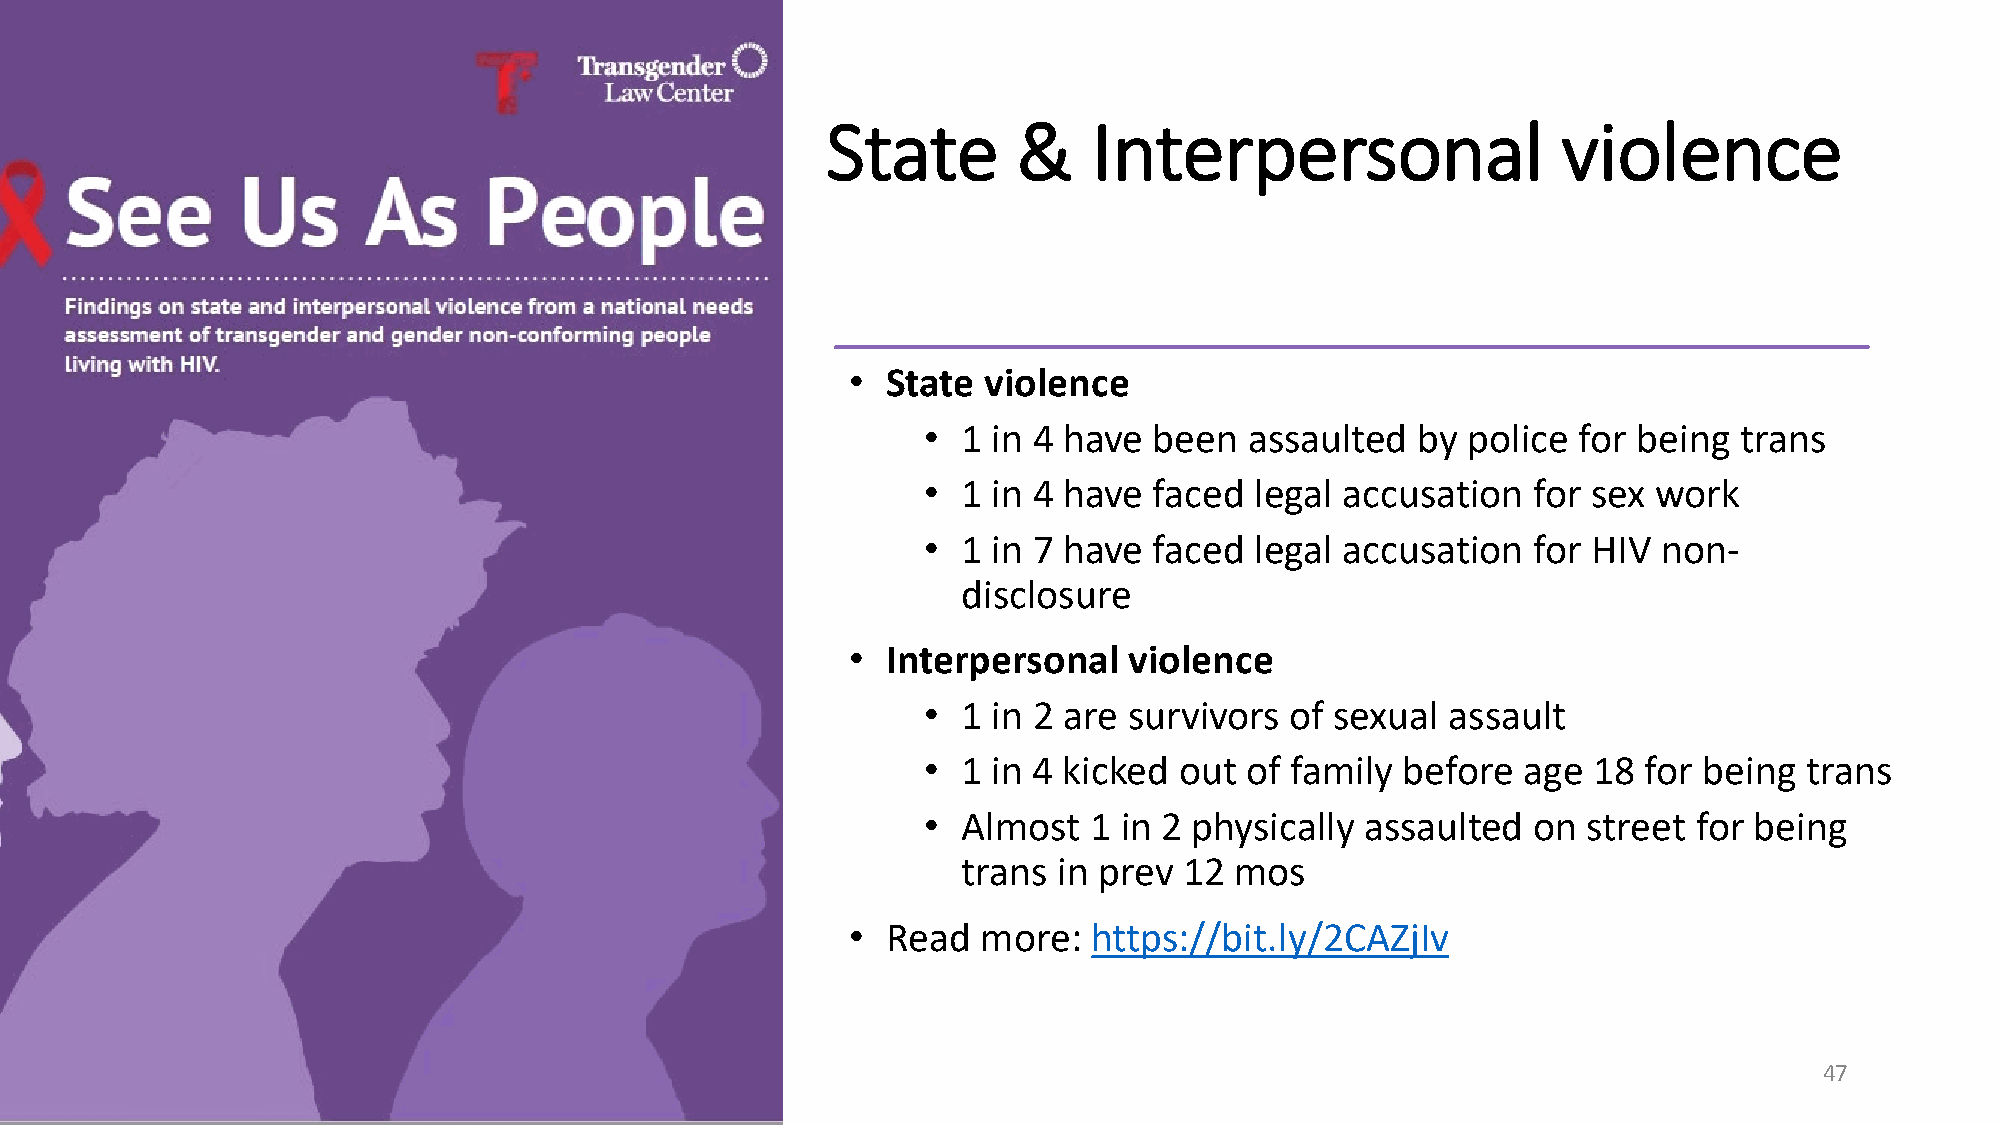
State       &    Interpersonal                  violence
 •  State violence
 •  1 in 4 have been   assaulted  by police for being  trans
 •  1 in 4 have faced  legal accusation  for sex  work
 •  1 in 7 have faced  legal accusation  for HIV  non-
 disclosure
 •  Interpersonal   violence
 •  1 in 2 are survivors of sexual  assault
 •  1 in 4 kicked out of family  before  age 18  for being  trans
 •  Almost  1 in 2 physically assaulted   on street for being
 trans in prev 12  mos
 •  Read  more:  https://bit.ly/2CAZjIv
 47